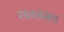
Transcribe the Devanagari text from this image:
रथयात्रेनंतर